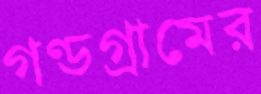
গণ্ডগ্রামের